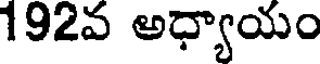
192వ అధ్యాయం